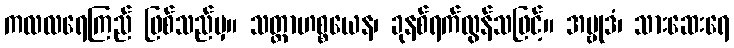
ကလလရေကြည် ဖြစ်သည်မှ။ သတ္တာဟစ္စယေန၊ ခုနစ်ရက်လွန်သဖြင့်။ အဗ္ဗုဒံ၊ သားဆေးရေ